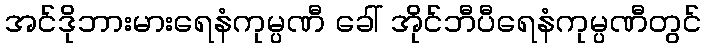
အင်ဒိုဘားမားရေနံကုမ္ပဏီ ခေါ် အိုင်ဘီပီရေနံကုမ္ပဏီတွင်